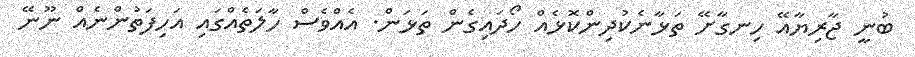
ބުނީ ޖާރިޔާއޭ ހިނގާށޭ ތަޅާނެކުދިންކޮޅެއް ހޯދައިގެން ތަޅަން. އެއްވެސް ހާލަތެއްގައި އަހިފަތުންނެއް ނޫނޭ